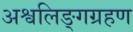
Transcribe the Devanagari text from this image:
अश्वलिङ्गग्रहण